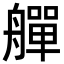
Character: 𦪢